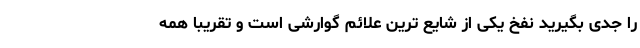
را جدی بگیرید نفخ یکی از شایع ترین علائم گوارشی است و تقریباً همه